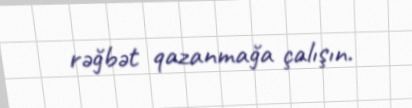
rəğbət qazanmağa çalışın.